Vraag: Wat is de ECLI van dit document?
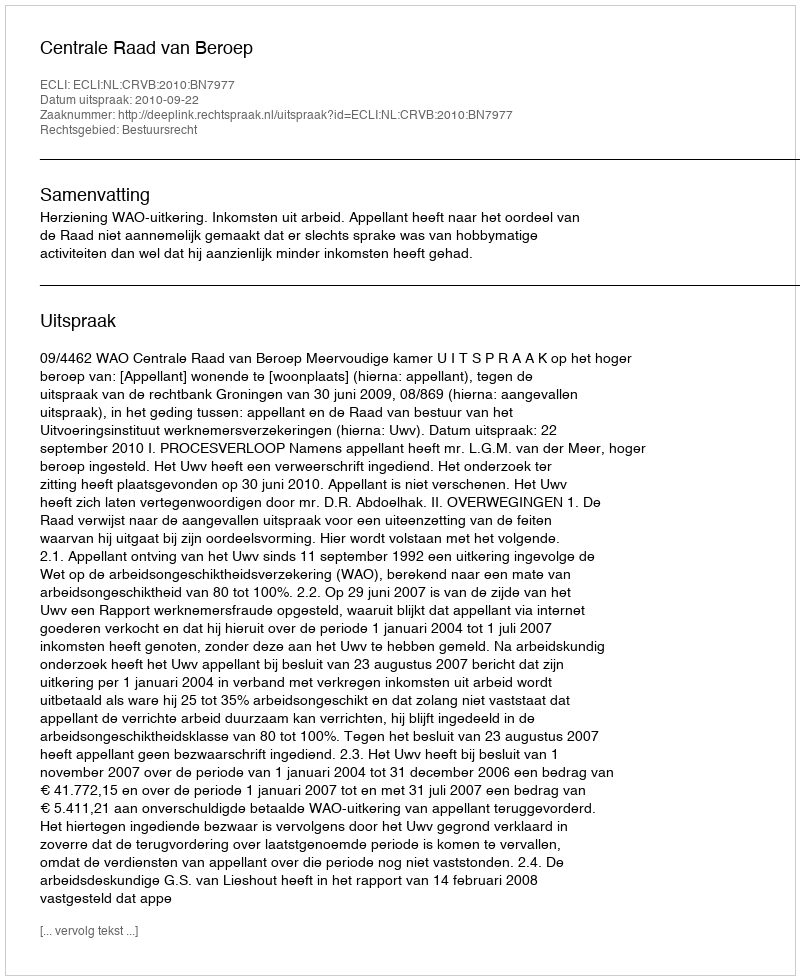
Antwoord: ECLI:NL:CRVB:2010:BN7977